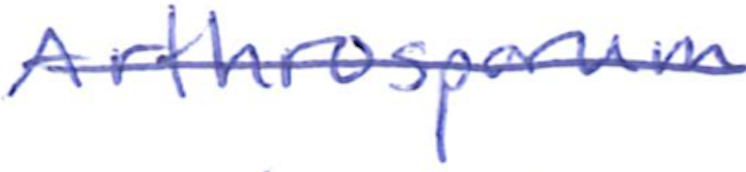
Text: Arthrosporum
Cross-out: single-line
Writing tool: ballpoint